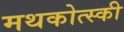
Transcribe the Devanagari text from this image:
मथकोत्स्की